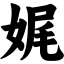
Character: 娓